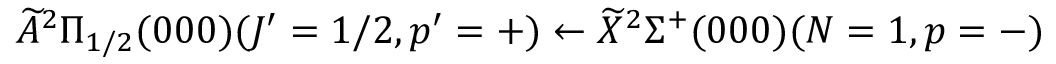
\widetilde { A } ^ { 2 } \Pi _ { 1 / 2 } ( 0 0 0 ) ( J ^ { \prime } = 1 / 2 , p ^ { \prime } = + ) \leftarrow \widetilde { X } ^ { 2 } \Sigma ^ { + } ( 0 0 0 ) ( N = 1 , p = - )